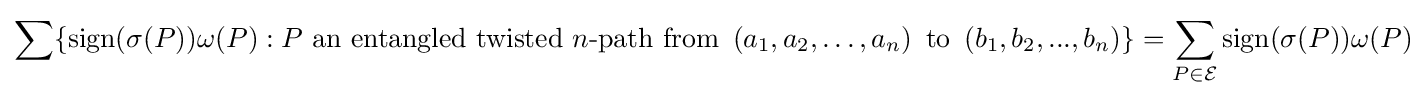
\sum \{\mathrm {sign} (\sigma (P))\omega (P):P~{\text{an entangled twisted}}~n{\text{-path from}}~\left(a_{1},a_{2},\ldots ,a_{n}\right)~{\text{to}}~\left(b_{1},b_{2},...,b_{n}\right)\}=\sum _{P\in {\mathcal {E}}}\mathrm {sign} (\sigma (P))\omega (P)